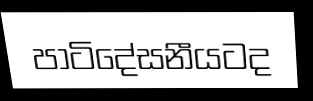
පාටිදේසනීයටද